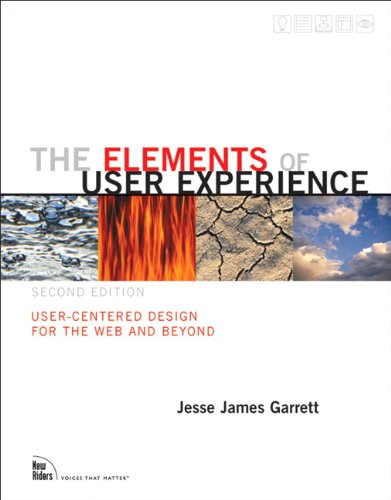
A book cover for The Elements of User Experience: User-Centered Design for the Web and Beyond (2nd Edition) (Voices That Matter); Jesse James Garrett; Computers & Technology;